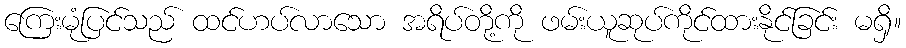
ကြေးမုံပြင်သည် ထင်ဟပ်လာသော အရိပ်တို့ကို ဖမ်းယူဆုပ်ကိုင်ထားနိုင်ခြင်း မရှိ။